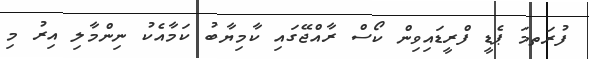
ފުރަތމަ ޕެޑީ ފްރީޑައިވިން ކޯސް ރާއްޖޭގައި ކާމިޔާބު ކަމާއެކު ނިންމާލި އިރު މި